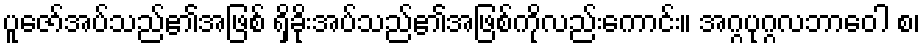
ပူဇော်အပ်သည်၏အဖြစ် ရှိခိုးအပ်သည်၏အဖြစ်ကိုလည်းကောင်း။ အဂ္ဂပုဂ္ဂလဘာဝေါ စ၊